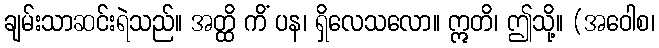
ချမ်းသာဆင်းရဲသည်။ အတ္ထိ ကိံ ပန၊ ရှိလေသလော။ ဣတိ၊ ဤသို့။ (အဝေါစ၊